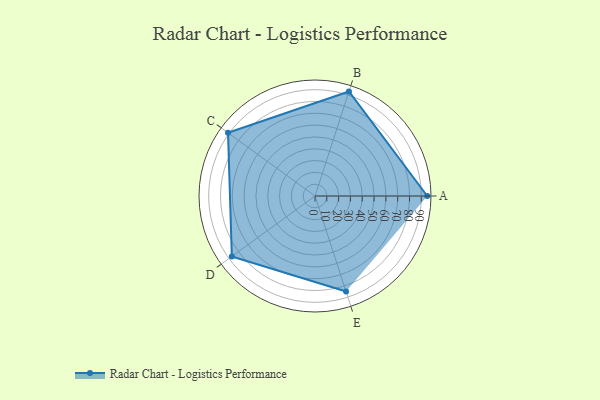
{"axis": {"x": "Skill", "y": "Score"}, "legend": ["Profile"], "data": [{"x": "A", "y": 95.0, "type": "Profile"}, {"x": "B", "y": 93.0, "type": "Profile"}, {"x": "C", "y": 91.0, "type": "Profile"}, {"x": "D", "y": 87.0, "type": "Profile"}, {"x": "E", "y": 85.0, "type": "Profile"}]}